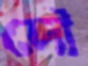
দৌ